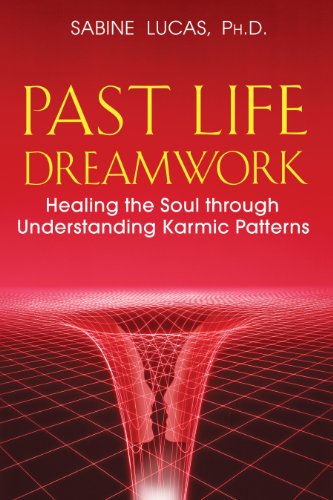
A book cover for Past Life Dreamwork: Healing the Soul through Understanding Karmic Patterns; Sabine Lucas Ph.D.; Religion & Spirituality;